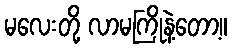
မလေးတို့ လာမကြိုနဲ့တော့။